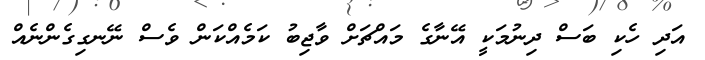
އަދި ހެކި ބަސް ދިނުމަކީ އޭނާގެ މައްޗަށް ވާޖިބު ކަމެއްކަން ވެސް ނޭނގިގެންނެއް